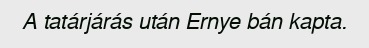
A tatárjárás után Ernye bán kapta.